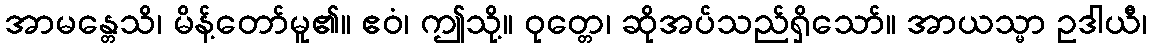
အာမန္တေသိ၊ မိန့်တော်မူ၏။ ဧဝံ၊ ဤသို့။ ဝုတ္တေ၊ ဆိုအပ်သည်ရှိသော်။ အာယသ္မာ ဥဒါယီ၊